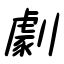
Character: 劇